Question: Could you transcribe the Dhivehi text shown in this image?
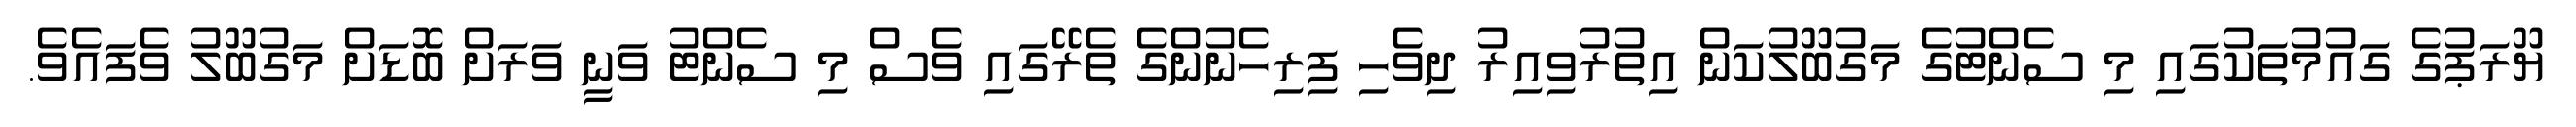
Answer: ޔޫރަޕުގެ ގައުމުތަކުގައި މި ސެންޓުގެ މަގުބޫލުކަން އިތުރުވިއިރު ދިވެހި ފިރިހެނުންގެ ތެރޭގައި ވެސް މި ސެންޓު ވަނީ ވަރަށް ބޮޑަށް މަގުބޫލު ވެފައެވެ.